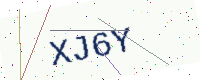
Text: XJ6Y